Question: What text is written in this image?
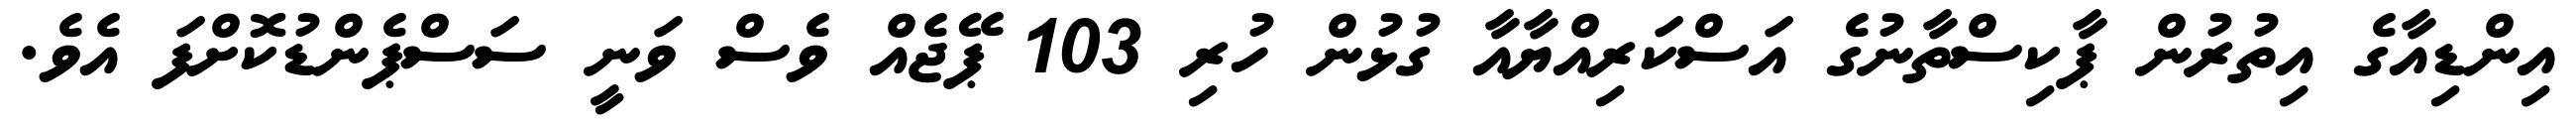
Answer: އިންޑިއާގެ އިތުރުން ޕާކިސްތާނުގެ އަސްކަރިއްޔާއާ ގުޅުން ހުރި 103 ޕޭޖެއް ވެސް ވަނީ ސަސްޕެންޑުކޮށްފަ އެވެ.